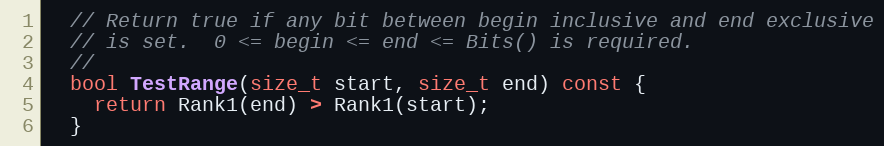
Language: C
  // Return true if any bit between begin inclusive and end exclusive
  // is set.  0 <= begin <= end <= Bits() is required.
  //
  bool TestRange(size_t start, size_t end) const {
    return Rank1(end) > Rank1(start);
  }